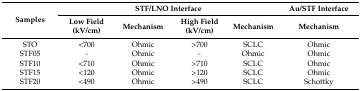
<table><thead><tr><td rowspan="2"><b>Samples</b></td><td colspan="4"><b>STF/LNO Interface</b></td><td><b>Au/STF Interface</b></td></tr><tr><td><b>Low Field (kV/cm)</b></td><td><b>Mechanism</b></td><td><b>High Field (kV/cm)</b></td><td><b>Mechanism</b></td><td><b>Mechanism</b></td></tr></thead><tbody><tr><td>STO</td><td>&lt;700</td><td>Ohmic</td><td>&gt;700</td><td>SCLC</td><td>Ohmic</td></tr><tr><td>STF05</td><td>-</td><td>Ohmic</td><td>-</td><td>Ohmic</td><td>Ohmic</td></tr><tr><td>STF10</td><td>&lt;710</td><td>Ohmic</td><td>&gt;710</td><td>SCLC</td><td>Ohmic</td></tr><tr><td>STF15</td><td>&lt;120</td><td>Ohmic</td><td>&gt;120</td><td>SCLC</td><td>Ohmic</td></tr><tr><td>STF20</td><td>&lt;490</td><td>Ohmic</td><td>&gt;490</td><td>SCLC</td><td>Schottky</td></tr></tbody></table>